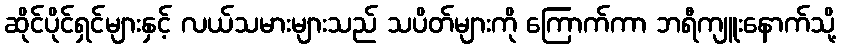
ဆိုင်ပိုင်ရှင်များနှင့် လယ်သမားများသည် သပိတ်များကို ကြောက်ကာ ဘရီကျူးနောက်သို့